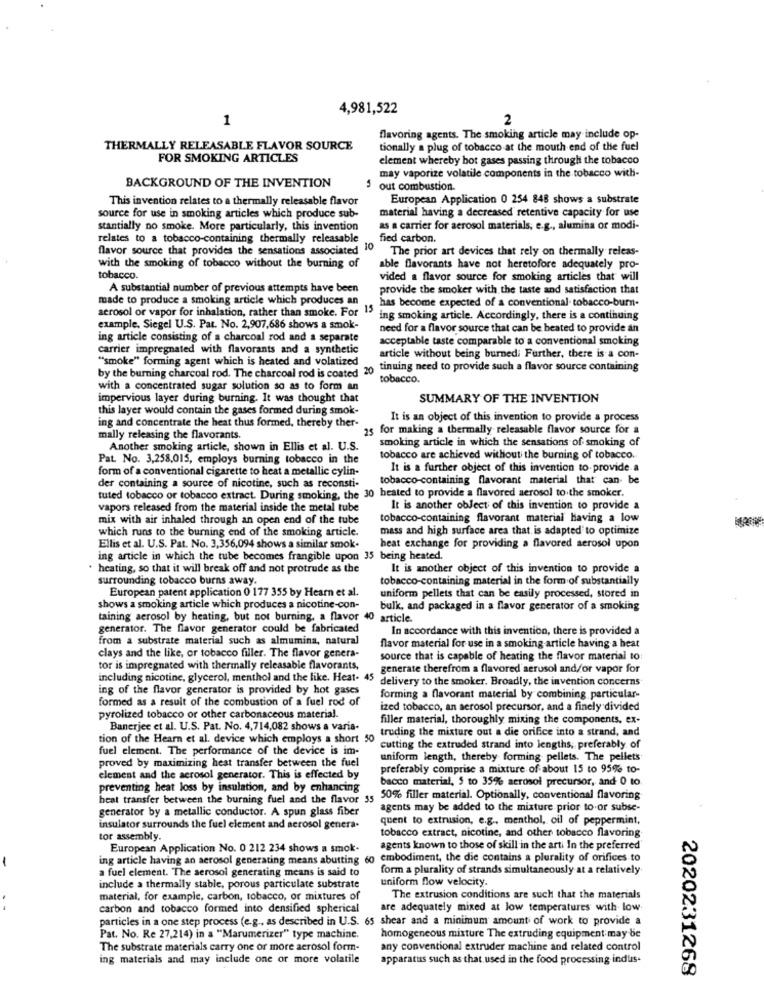
4,981,522
1
2
flavoring agents. The smoking article may include op-
THERMALLY RELEASABLE FLAVOR SOURCE
tionally a plug of tobacco at the mouth end of the fuel
FOR SMOKING ARTICLES
element whereby bot gases passing through the tobacco
may vaporize volatile components in the tobacco with-
BACKGROUND OF THE INVENTION
out combustion.
This invention relates to a thermally releasable flavor
European Application 0 254 848 shows a substrate
material having a decreased retentive capacity for use
source for use in smoking articles which produce sub-
stantially no smoke. More particularly, this invention
as a carrier for aerosol materials, e.g ., alumina or modi-
relates to a tobacco-containing thermally releasable
fied carbon.
flavor source that provides the sensations associated
The prior art devices that rely on thermally releas-
with the smoking of tobacco without the burning of
able flavorants have not heretofore adequately pro-
tobacco.
vided a flavor source for smoking articles that will
A substantial number of previous attempts have been
provide the smoker with the taste and satisfaction that
made to produce a smoking article which produces an
has become expected of a conventional tobacco-burn-
aerosol or vapor for inhalation, rather than smoke. For 15
ing smoking article. Accordingly, there is a continuing
example, Siegel U.S. Pat. No. 2,907,686 shows a smok-
need for a flavor source that can be heated to provide an
ing article consisting of a charcoal rod and a separate
acceptable taste comparable to a conventional smoking
carrier impregnated with flavorants and a synthetic
""smoke" forming agent which is heated and volatized
article without being burned: Further, there is a con-
by the burning charcoal rod. The charcoal rod is coated 20
tinuing need to provide such a flavor source containing
tobacco.
with a concentrated sugar solution so as to form an
impervious layer during burning. It was thought that
SUMMARY OF THE INVENTION
this layer would contain the gases formed during smok-
It is an object of this invention to provide a process
ing and concentrate the heat thus formed, thereby ther-
25 for making a thermally releasable flavor source for a
mally releasing the flavorants.
smoking article in which the sensations of smoking of
Another smoking article, shown in Ellis et al. U.S.
Pat. No. 3,258,015, employs burning tobacco in the
tobacco are achieved without the burning of tobacco.
form of a conventional cigarette to heat a metallic cylin-
It is a further object of this invention to provide a
tobacco-containing flavorant material that can be
tuted tobacco or tobacco extract. During smoking, the 30 heated to provide a flavored aerosol to the smoker.
der containing a source of nicotine, such as reconsti-
vapors released from the material inside the metal tube
It is another object of this invention to provide a
mix with air inhaled through an open end of the tube
tobacco-containing flavorant material having a low
which runs to the burning end of the smoking article.
mass and high surface area that is adapted to optimize
Ellis et al. U.S. Pat. No. 3,356,094 shows a similar smok.
heat exchange for providing a flavored aerosol upon
ing article in which the tube becomes frangible upon 35 being heated.
. heating, so that it will break off and not protrude as the
It is another object of this invention to provide a
surrounding tobacco burns away.
tobacco-containing material in the form of substantially
European patent application 0 177 355 by Hearn et al.
uniform pellets that can be easily processed, stored in
shows a smoking article which produces a nicotine-con-
bulk, and packaged in a flavor generator of a smoking
taining aerosol by heating, but not burning, a flavor 40 article.
generator. The flavor generator could be fabricated
In accordance with this invention, there is provided a
from a substrate material such as almumina, natural
flavor material for use in a smoking article having a heat
clays and the like, or tobacco filler. The flavor genera-
source that is capable of heating the flavor material to
tor is impregnated with thermally releasable flavorants,
generate therefrom a flavored aerosol and/or vapor for
including nicotine, glycerol, menthol and the like. Heat- 45
delivery to the smoker. Broadly, the invention concerns
ing of the flavor generator is provided by hot gases
formed as a result of the combustion of a fuel rod of
forming a flavorant material by combining particular-
ized tobacco, an aerosol precursor, and a finely divided
pyrolized tobacco or other carbonaceous material.
filler material, thoroughly mixing the components. ex-
tion of the Hearn et al. device which employs a short 50 treding the mixture out a die orifice into a strand, and
Banerjee et al. U.S. Pat. No. 4,714,082 shows a varia-
fuel element. The performance of the device is im-
cutting the extruded strand into lengths, preferably of
proved by maximizing heat transfer between the fuel
uniform length, thereby forming pellets. The pellets
preferably comprise a mixture of about 15 to 95% to-
clement and the aerosol generator. This is effected by
bacco material, 5 to 35% aerosol precursor, and 0 to
preventing heat loss by insulation, and by enhancing
heat transfer between the burning fuel and the flavor 35
50% filler material. Optionally, conventional flavoring
generator by a metallic conductor. A spun glass fiber
agents may be added to the mixture prior to or subse-
quent to extrusion, e.g ., menthol, oil of peppermint,
insulator surrounds the fuel element and aerosol genera.
tobacco extract, nicotine, and other tobacco flavoring
tor assembly.
European Application No. 0 212 234 shows a smok.
agents known to those of skill in the arti In the preferred"
ing article having an aerosol generating means abutting 6o embodiment, the die contains a plurality of orifices to
-
a fuel element. The aerosol generating means is said to
form a plurality of strands simultaneously at a relatively.
uniform flow velocity.
include a thermally stable, porous particulate substrate
material, for example, carbon, tobacco, or mixtures of
The extrusion conditions are such that the materials
carbon and tobacco formed into densified spherical
are adequately mixed at low temperatures with low
particles in a one step process (e.g ., as described in U.S. 65 shear and a minimum amount of work to provide a
Pat. No. Re 27,214) in a "Marumerizer" type machine.
homogeneous mixture The extruding equipment may be
The substrate materials carry one or more aerosol form-
any conventional extruder machine and related control
ing materials and may include one or more volatile
apparatus such as that used in the food processing indus-
2020231268